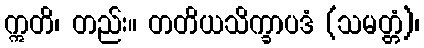
ဣတိ၊ တည်း။ တတိယသိက္ခာပဒံ (သမတ္တံ)၊